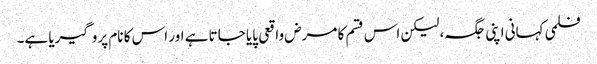
فلمی کہانی اپنی جگہ، لیکن اس قسم کا مرض واقعی پایا جاتا ہے اور اس کا نام پروگیریا ہے۔